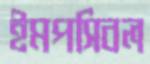
ইমপসিবল